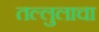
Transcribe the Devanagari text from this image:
तल्लुलाचा